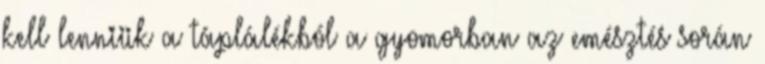
kell lenniük a táplálékból a gyomorban az emésztés során